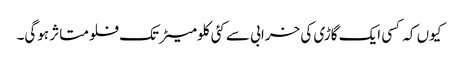
کیوں کہ کسی ایک گاڑی کی خرابی سے کئی کلومیٹر تک فلو متاثر ہوگی۔